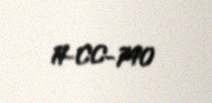
11-CC-740